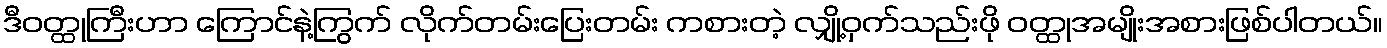
ဒီဝတ္ထုကြီးဟာ ကြောင်နဲ့ကြွက် လိုက်တမ်းပြေးတမ်း ကစားတဲ့ လျှို့ဝှက်သည်းဖို ဝတ္ထုအမျိုးအစားဖြစ်ပါတယ်။